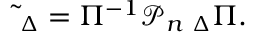
\widetilde { \bf \Phi } _ { \Delta } = \Pi ^ { - 1 } { \mathcal P } _ { n } { \bf \Phi } _ { \Delta } \Pi .